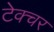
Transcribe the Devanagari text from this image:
टेक्चर